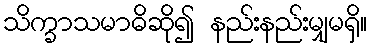
သိက္ခာသမာဓိဆို၍ နည်းနည်းမျှမရှိ။